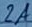
Text: 2A